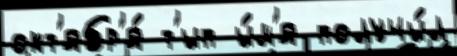
окт'ябр'я́ т'ип и́м'я получи́л